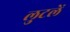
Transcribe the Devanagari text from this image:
लुटलें